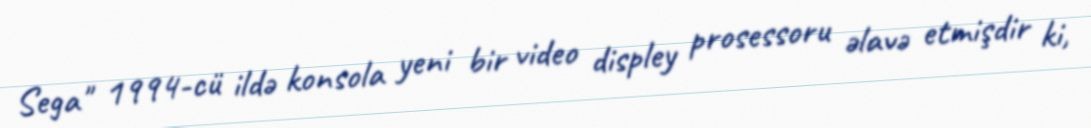
Sega" 1994-cü ildə konsola yeni bir video displey prosessoru əlavə etmişdir ki,